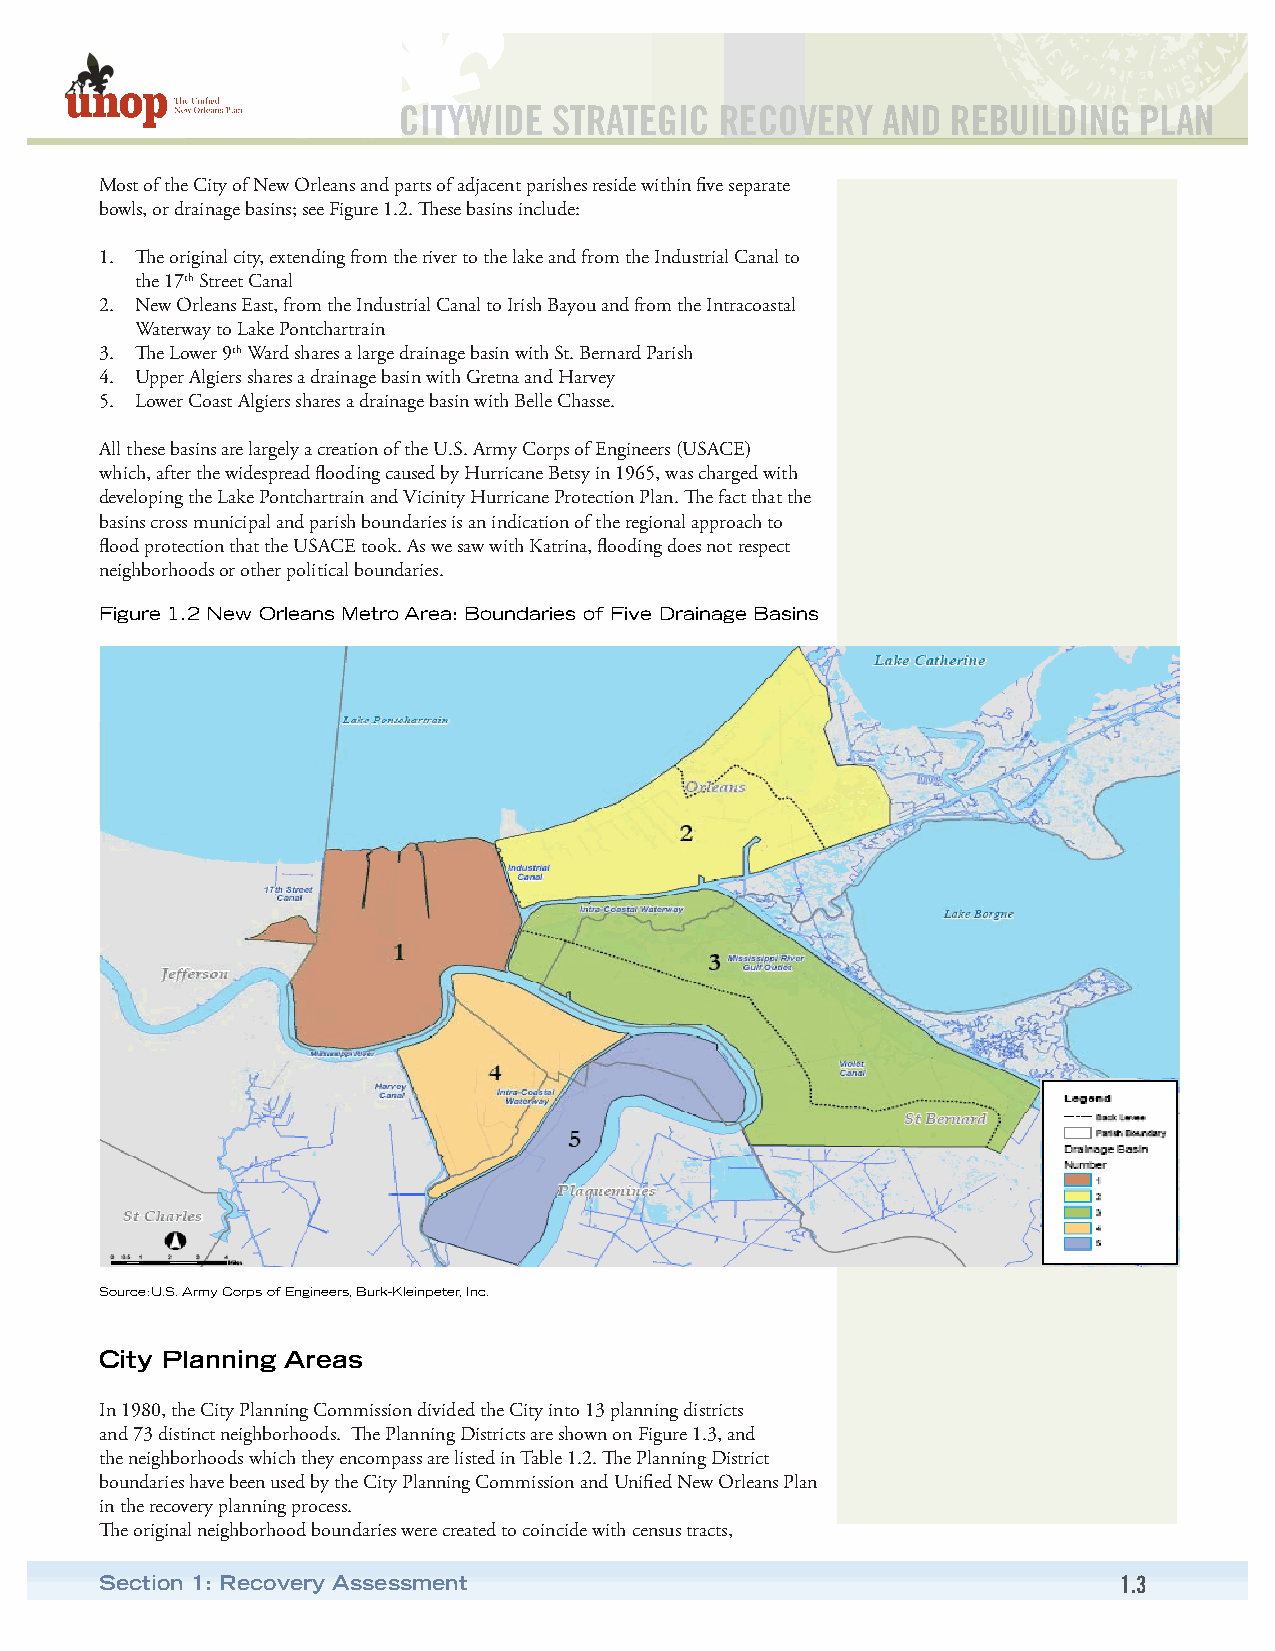
CITYWIDE   STRATEGIC  RECOVERY  AND  REBUILDING  PLAN
 Most of the City of New Orleans and parts of adjacent parishes reside within five separate
 bowls, or drainage basins; see Figure 1.2. These basins include:
 1. The original city, extending from the river to the lake and from the Industrial Canal to
 the 17th Street Canal
 2. New Orleans East, from the Industrial Canal to Irish Bayou and from the Intracoastal
 Waterway to Lake Pontchartrain
 3. The Lower 9th Ward shares a large drainage basin with St. Bernard Parish
 4. Upper Algiers shares a drainage basin with Gretna and Harvey
 5. Lower Coast Algiers shares a drainage basin with Belle Chasse.
 All these basins are largely a creation of the U.S. Army Corps of Engineers (USACE)
 which, after the widespread flooding caused by Hurricane Betsy in 1965, was charged with
 developing the Lake Pontchartrain and Vicinity Hurricane Protection Plan. The fact that the
 basins cross municipal and parish boundaries is an indication of the regional approach to
 flood protection that the USACE took. As we saw with Katrina, flooding does not respect
 neighborhoods or other political boundaries.
 Figure 1.2 New Orleans Metro Area: Boundaries of Five Drainage Basins
 Source:U.S. Army Corps of Engineers, Burk-Kleinpeter, Inc.
 City Planning Areas
 In 1980, the City Planning Commission divided the City into 13 planning districts
 and 73 distinct neighborhoods. The Planning Districts are shown on Figure 1.3, and
 the neighborhoods which they encompass are listed in Table 1.2. The Planning District
 boundaries have been used by the City Planning Commission and Unified New Orleans Plan
 in the recovery planning process.
 The original neighborhood boundaries were created to coincide with census tracts,
 Section 1: Recovery Assessment                                     1.3